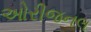
ઓરીજનલ